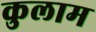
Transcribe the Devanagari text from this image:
कुलाम